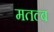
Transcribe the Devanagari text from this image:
मतल्ब